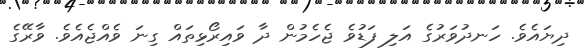
ދިޔައެވެ. ހަނދުވަރުގެ އަލި ފަޑުވެ ޖެހެމުން ދާ ވައިރޯޅިތައް ގިނަ ވެއްޖެއެވެ. ވާރޭގެ